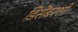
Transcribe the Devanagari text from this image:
डिसेंबरशी